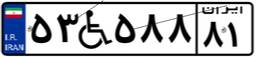
۵۳W۵۸۸۸۱